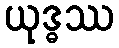
ယုဒ္ဓဿ